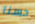
حسنا